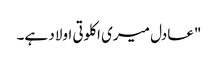
"عادل میری اکلوتی اولاد ہے۔